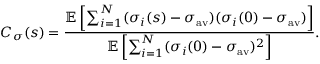
C _ { \sigma } ( s ) = \frac { \mathbb { E } \left[ \sum _ { i = 1 } ^ { N } ( \sigma _ { i } ( s ) - \sigma _ { \mathrm { a v } } ) ( \sigma _ { i } ( 0 ) - \sigma _ { \mathrm { a v } } ) \right] } { \mathbb { E } \left[ \sum _ { i = 1 } ^ { N } ( \sigma _ { i } ( 0 ) - \sigma _ { \mathrm { a v } } ) ^ { 2 } \right] } .